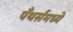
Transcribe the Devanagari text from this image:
पँथर्समध्ये